Annual report of the Imperial Bacteriological Laboratory, Muktesar
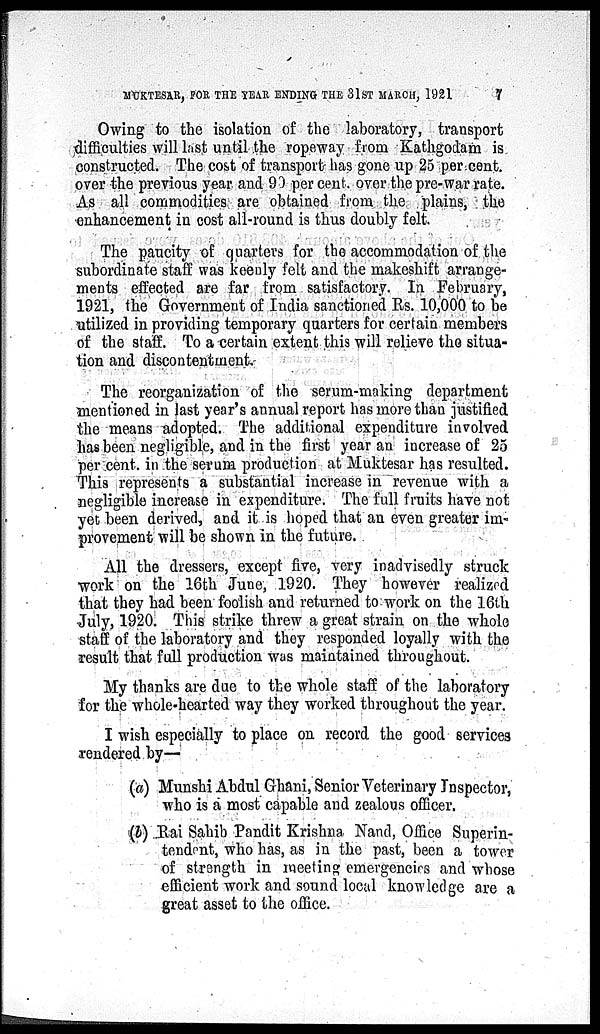
MUKTESAR, FOR THE YEAR ENDING THE 31ST MARCH, 1921
7
Owing to the isolation of the laboratory, transport
difficulties will last until the ropeway from Kathgodam is
constructed. The cost of transport has gone up 25 per cent.
over the previous year and 90 per cent. over the pre-war rate.
As all commodities are obtained from the plains, the
enhancement in cost all-round is thus doubly felt.
The paucity of quarters for the accommodation of the
subordinate staff was keenly felt and the makeshift arrange-
ments effected are far from satisfactory. In February,
1921, the Government of India sanctioned Rs. 10,000 to be
utilized in providing temporary quarters for certain members
of the staff. To a certain extent this will relieve the situa-
tion and discontentment
The reorganization of the serum-making department
mentioned in last year's annual report has more than justified
the means adopted. The additional expenditure involved
has been negligible, and in the first year an increase of 25
per cent. in the serum production at Muktesar has resulted.
This represents a substantial increase in revenue with a
negligible increase in expenditure. The full fruits have not
yet been derived, and it is hoped that an even greater im-
provement will be shown in the future.
All the dressers, except five, very inadvisedly struck
work on the 16th June, 1920. They however realized
that they had been foolish and returned to work on the 16th
July, 1920. This strike threw a great strain on the whole
staff of the laboratory and they responded loyally with the
result that full production was maintained throughout.
My thanks are due to the whole staff of the laboratory
for the whole-hearted way they worked throughout the year.
I wish especially to place on record the good services
rendered by—
(a) Munshi Abdul Ghani, Senior Veterinary Inspector,
who is a most capable and zealous officer.
(b) Rai Sahib Pandit Krishna Nand, Office Superin-
tendent, who has, as in the past, been a tower
of strength in meeting emergencies and whose
efficient work and sound local knowledge are a
great asset to the office.